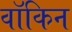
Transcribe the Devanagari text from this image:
वॉकिन